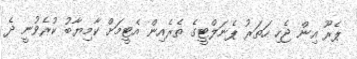
ޕެރޫ އިން ޖެހި ހަތަރު ޕެނަލްޓީގެ ތެރެއިން އެޓީމަށް ކާމިޔާބު ކުރެވުނީ ދެ